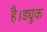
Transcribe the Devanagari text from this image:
है।ड्यूक